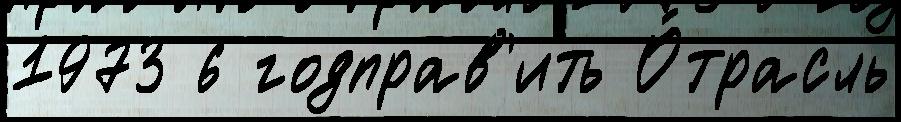
1973 6 годправ'ить О́трасль